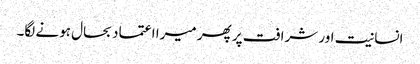
انسانیت اور شرافت پر پھر میرا اعتماد بحال ہونے لگا۔